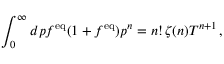
\int _ { 0 } ^ { \infty } d p f ^ { \mathrm { e q } } ( 1 + f ^ { \mathrm { e q } } ) p ^ { n } = n ! \, \zeta ( n ) T ^ { n + 1 } \, ,